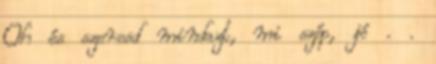
Oh és szeresd mindazt, mi szép, jó . .